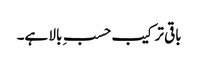
باقی ترکیب حسبِ بالا ہے۔